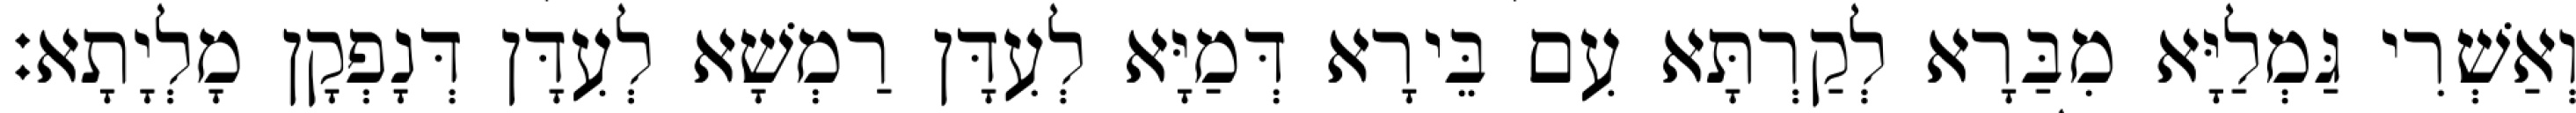
וְאַשְׁרִי גַּמְלַיָּא מִבַּרָא לְקַרְתָּא עִם בֵּירָא דְּמַיָּא לְעִדָּן רַמְשָׁא לְעִדָּן דְּנָפְקָן מָלְיָתָא׃